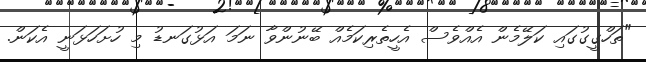
"ތަހްގީގުގައި ކަލޭމެން އެއްވެސް އެހީތެރިކަމެއް ބޭނުންވާ ނަމަ އަޅުގަނޑު މި ހުށަހަޅަނީ އެކަން.